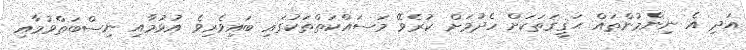
އަދި އެ ނިންމުންތައް ޙަޤީޤަތަކަށް ހެދުމަށް ކުރެވޭ މަސައްކަތްތަކުގައި ބައިވެރިވެ އުޅުމާއި ނިސްބަތްވުމާއި